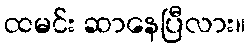
ထမင်း ဆာနေပြီလား။